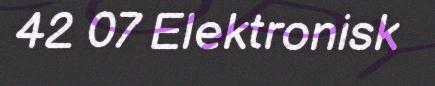
42 07 Elektronisk